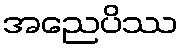
အညေပိဿ